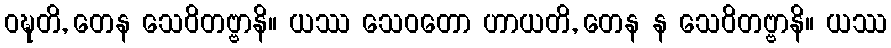
ဝဍ္ဎတိ, တေန သေဝိတဗ္ဗာနိ။ ယဿ သေဝတော ဟာယတိ, တေန န သေဝိတဗ္ဗာနိ။ ယဿ